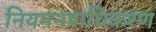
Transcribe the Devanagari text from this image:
नियमनप्राधिकरण